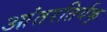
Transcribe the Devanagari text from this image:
आंतरतिर्यक्‌